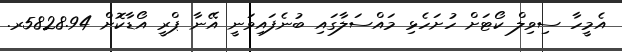
އެމީހާ ސިވިލް ކޯޓަށް ހުށަހެޅި މައްސަލާގައި ބުނެފައިވަނީ އޭނާ ޕްރީ އޯޑާކޮށް 5828.94ރ.